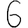
Digit: 6